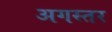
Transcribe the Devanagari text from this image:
अगस्तर